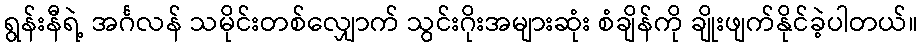
ရွန်းနီရဲ့ အင်္ဂလန် သမိုင်းတစ်လျှောက် သွင်းဂိုးအများဆုံး စံချိန်ကို ချိုးဖျက်နိုင်ခဲ့ပါတယ်။